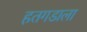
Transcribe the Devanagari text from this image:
हतगडाला